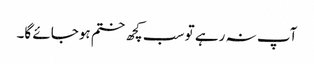
آپ نہ رہے تو سب کچھ ختم ہوجائے گا۔